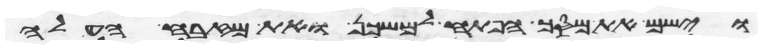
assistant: וישם את מסך הפתח למשכן ואת מזבח העלה